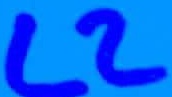
Text: L2